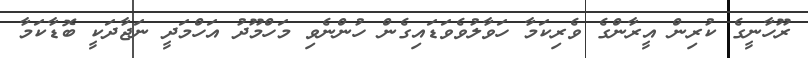
ރޫހާނީގެ ކުރިން އީރާންގެ ވެރިކަމާ ހަވާލުވެވަޑައިގެން ހުންނެވި މަހްމޫދު އަހްމަދީ ނަޖާދަކީ ބޮޑާކަމާ